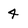
Character: 4